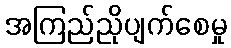
အကြည်ညိုပျက်စေမှု